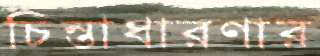
চিন্তাধারণার